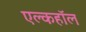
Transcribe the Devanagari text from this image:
एल्कहॉल